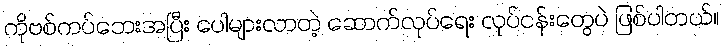
ကိုဗစ်ကပ်ဘေးအပြီး ပေါများလာတဲ့ ဆောက်လုပ်ရေး လုပ်ငန်းတွေပဲ ဖြစ်ပါတယ်။